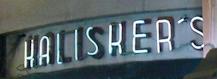
halisker's